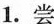
1.尝